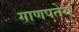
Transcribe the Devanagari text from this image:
गाणपतेय